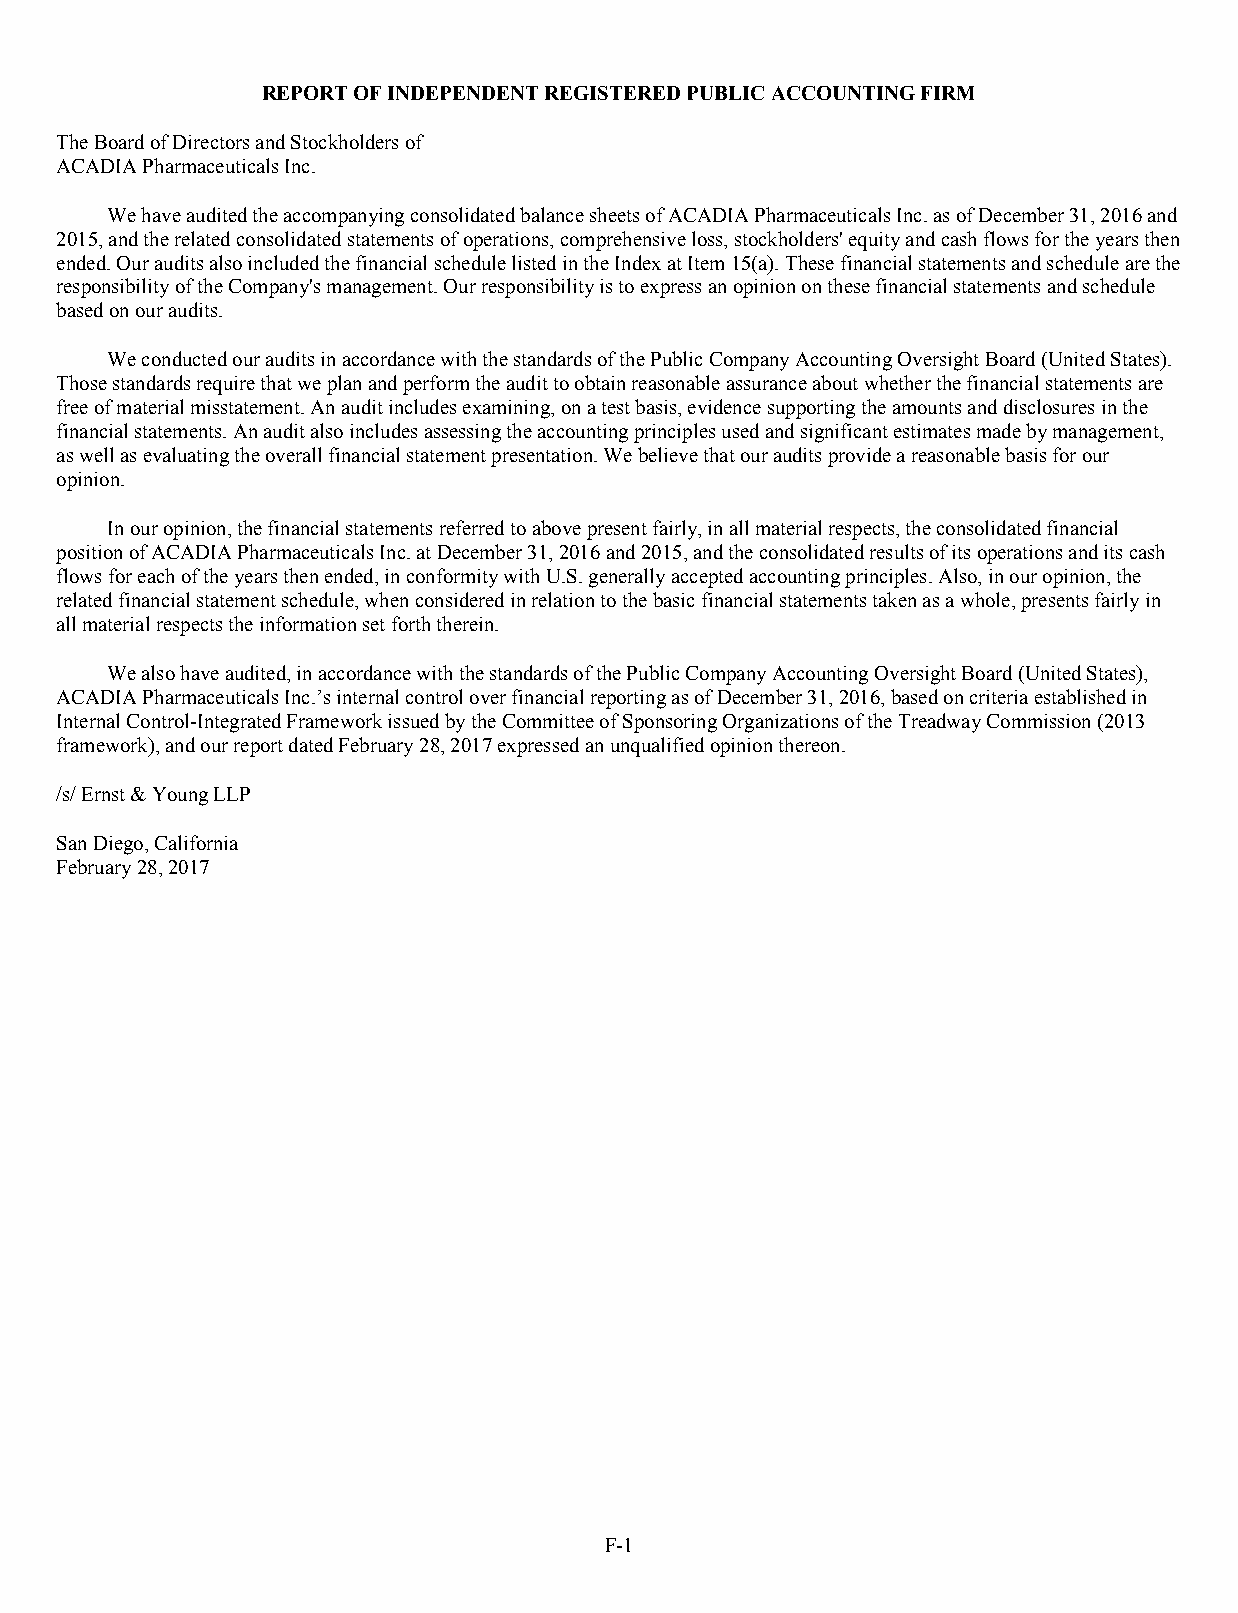
REPORT OF INDEPENDENT REGISTERED PUBLIC ACCOUNTING FIRM
 The Board of Directors and Stockholders of
 ACADIA Pharmaceuticals Inc.
 We have audited the accompanying consolidated balance sheets of ACADIA Pharmaceuticals Inc. as of December 31, 2016 and
 2015, and the related consolidated statements of operations, comprehensive loss, stockholders' equity and cash flows for the years then
 ended. Our audits also included the financial schedule listed in the Index at Item 15(a). These financial statements and schedule are the
 responsibility of the Company's management. Our responsibility is to express an opinion on these financial statements and schedule
 based on our audits.
 We conducted our audits in accordance with the standards of the Public Company Accounting Oversight Board (United States).
 Those standards require that we plan and perform the audit to obtain reasonable assurance about whether the financial statements are
 free of material misstatement. An audit includes examining, on a test basis, evidence supporting the amounts and disclosures in the
 financial statements. An audit also includes assessing the accounting principles used and significant estimates made by management,
 as well as evaluating the overall financial statement presentation. We believe that our audits provide a reasonable basis for our
 opinion.
 In our opinion, the financial statements referred to above present fairly, in all material respects, the consolidated financial
 position of ACADIA Pharmaceuticals Inc. at December 31, 2016 and 2015, and the consolidated results of its operations and its cash
 flows for each of the years then ended, in conformity with U.S. generally accepted accounting principles. Also, in our opinion, the
 related financial statement schedule, when considered in relation to the basic financial statements taken as a whole, presents fairly in
 all material respects the information set forth therein.
 We also have audited, in accordance with the standards of the Public Company Accounting Oversight Board (United States),
 ACADIA Pharmaceuticals Inc.’s internal control over financial reporting as of December 31, 2016, based on criteria established in
 Internal Control-Integrated Framework issued by the Committee of Sponsoring Organizations of the Treadway Commission (2013
 framework), and our report dated February 28, 2017 expressed an unqualified opinion thereon.
 /s/ Ernst & Young LLP
 San Diego, California
 February 28, 2017
 F-1